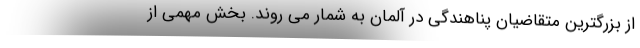
از بزرگترین متقاضیان پناهندگی در آلمان به شمار می روند. بخش مهمی از